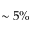
\sim 5 \%